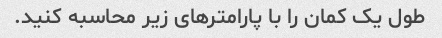
طول یک کمان را با پارامترهای زیر محاسبه کنید.